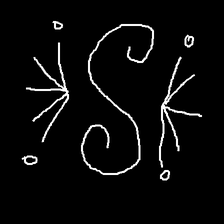
Glyph: aeroform